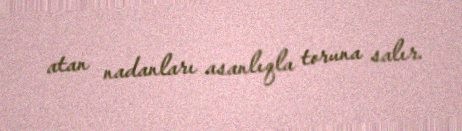
atan nadanları asanlıqla toruna salır.